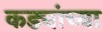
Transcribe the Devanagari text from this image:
कड्यांच्या